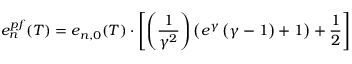
e _ { n } ^ { p f } ( T ) = e _ { n , 0 } ( T ) \cdot \left[ \left( \frac { 1 } { \gamma ^ { 2 } } \right) \left( e ^ { \gamma } \left( \gamma - 1 \right) + 1 \right) + \frac { 1 } { 2 } \right]